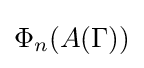
\Phi _{n}(A(\Gamma ))